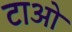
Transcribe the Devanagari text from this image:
टाओ